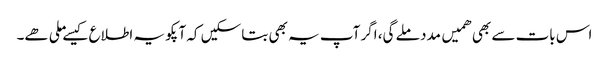
اس بات سے بھی ھمیں مدد ملے گی، اگر آپ یہ بھی بتا سکیں کہ آپکو یہ اطلاع کیسے ملی ھے۔